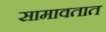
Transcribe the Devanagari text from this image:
सामावतात